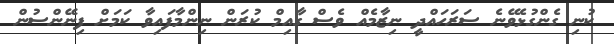
ކުނި ގެންގުޅެވޭނެ ސަރަހައްދީ ނިޒާމެއް ވެސް ގާއިމް ކުރަން ނިންމާފައިވާ ކަމަށް ފިނޭންސުން